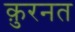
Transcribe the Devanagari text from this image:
क़ुरनत